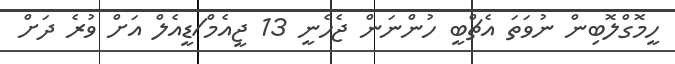
ހީމޮގްލޮބިން ނުވަތަ އެޗްބީ ހުންނަން ޖެހެނީ 13 ޖީއެމް/ޑީއެލް އަށް ވުރެ ދަށް